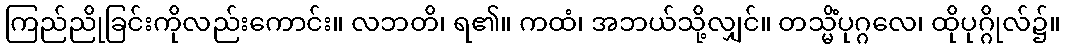
ကြည်ညိုခြင်းကိုလည်းကောင်း။ လဘတိ၊ ရ၏။ ကထံ၊ အဘယ်သို့လျှင်။ တသ္မိံပုဂ္ဂလေ၊ ထိုပုဂ္ဂိုလ်၌။